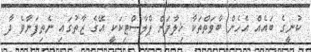
ކުނީގެ ބައެއް އެހެން ބާވަތްތަކާ ޚިލާފަށް ޕްލާސްޓިކަކީ އޭގެ ޒާތުގައި ނެތިފަނާވެ ދާ